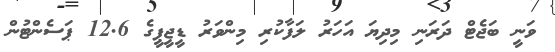
ވަނީ ބަޖެޓް ދަރަނި މިދިޔަ އަހަރު ލަފާކުރި މިންވަރު ޑީޖީޕީގެ 12.6 ޕަސެންޓުން